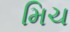
મિચ